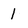
Character: 1